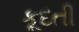
કૂદતી